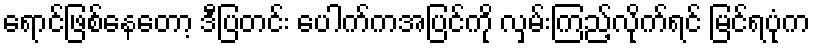
ရောင်ဖြစ်နေတော့ ဒီပြတင်း ပေါက်ကအပြင်ကို လှမ်းကြည့်လိုက်ရင် မြင်ရပုံက